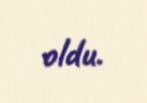
oldu.